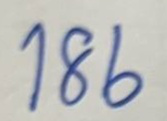
186